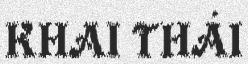
KHAI THÁI